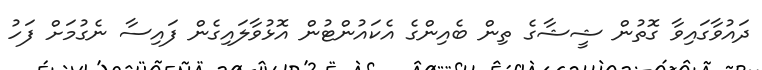
ދައުވާގައިވާ ގޮތުން ޝީޝާގެ ތިން ބެއިންގެ އެކައުންޓުން އޮޅުވާލައިގެން ފައިސާ ނެގުމަށް ފަހު